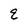
Character: E